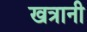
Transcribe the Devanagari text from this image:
खत्रानी